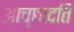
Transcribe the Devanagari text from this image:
आच्‍छादति